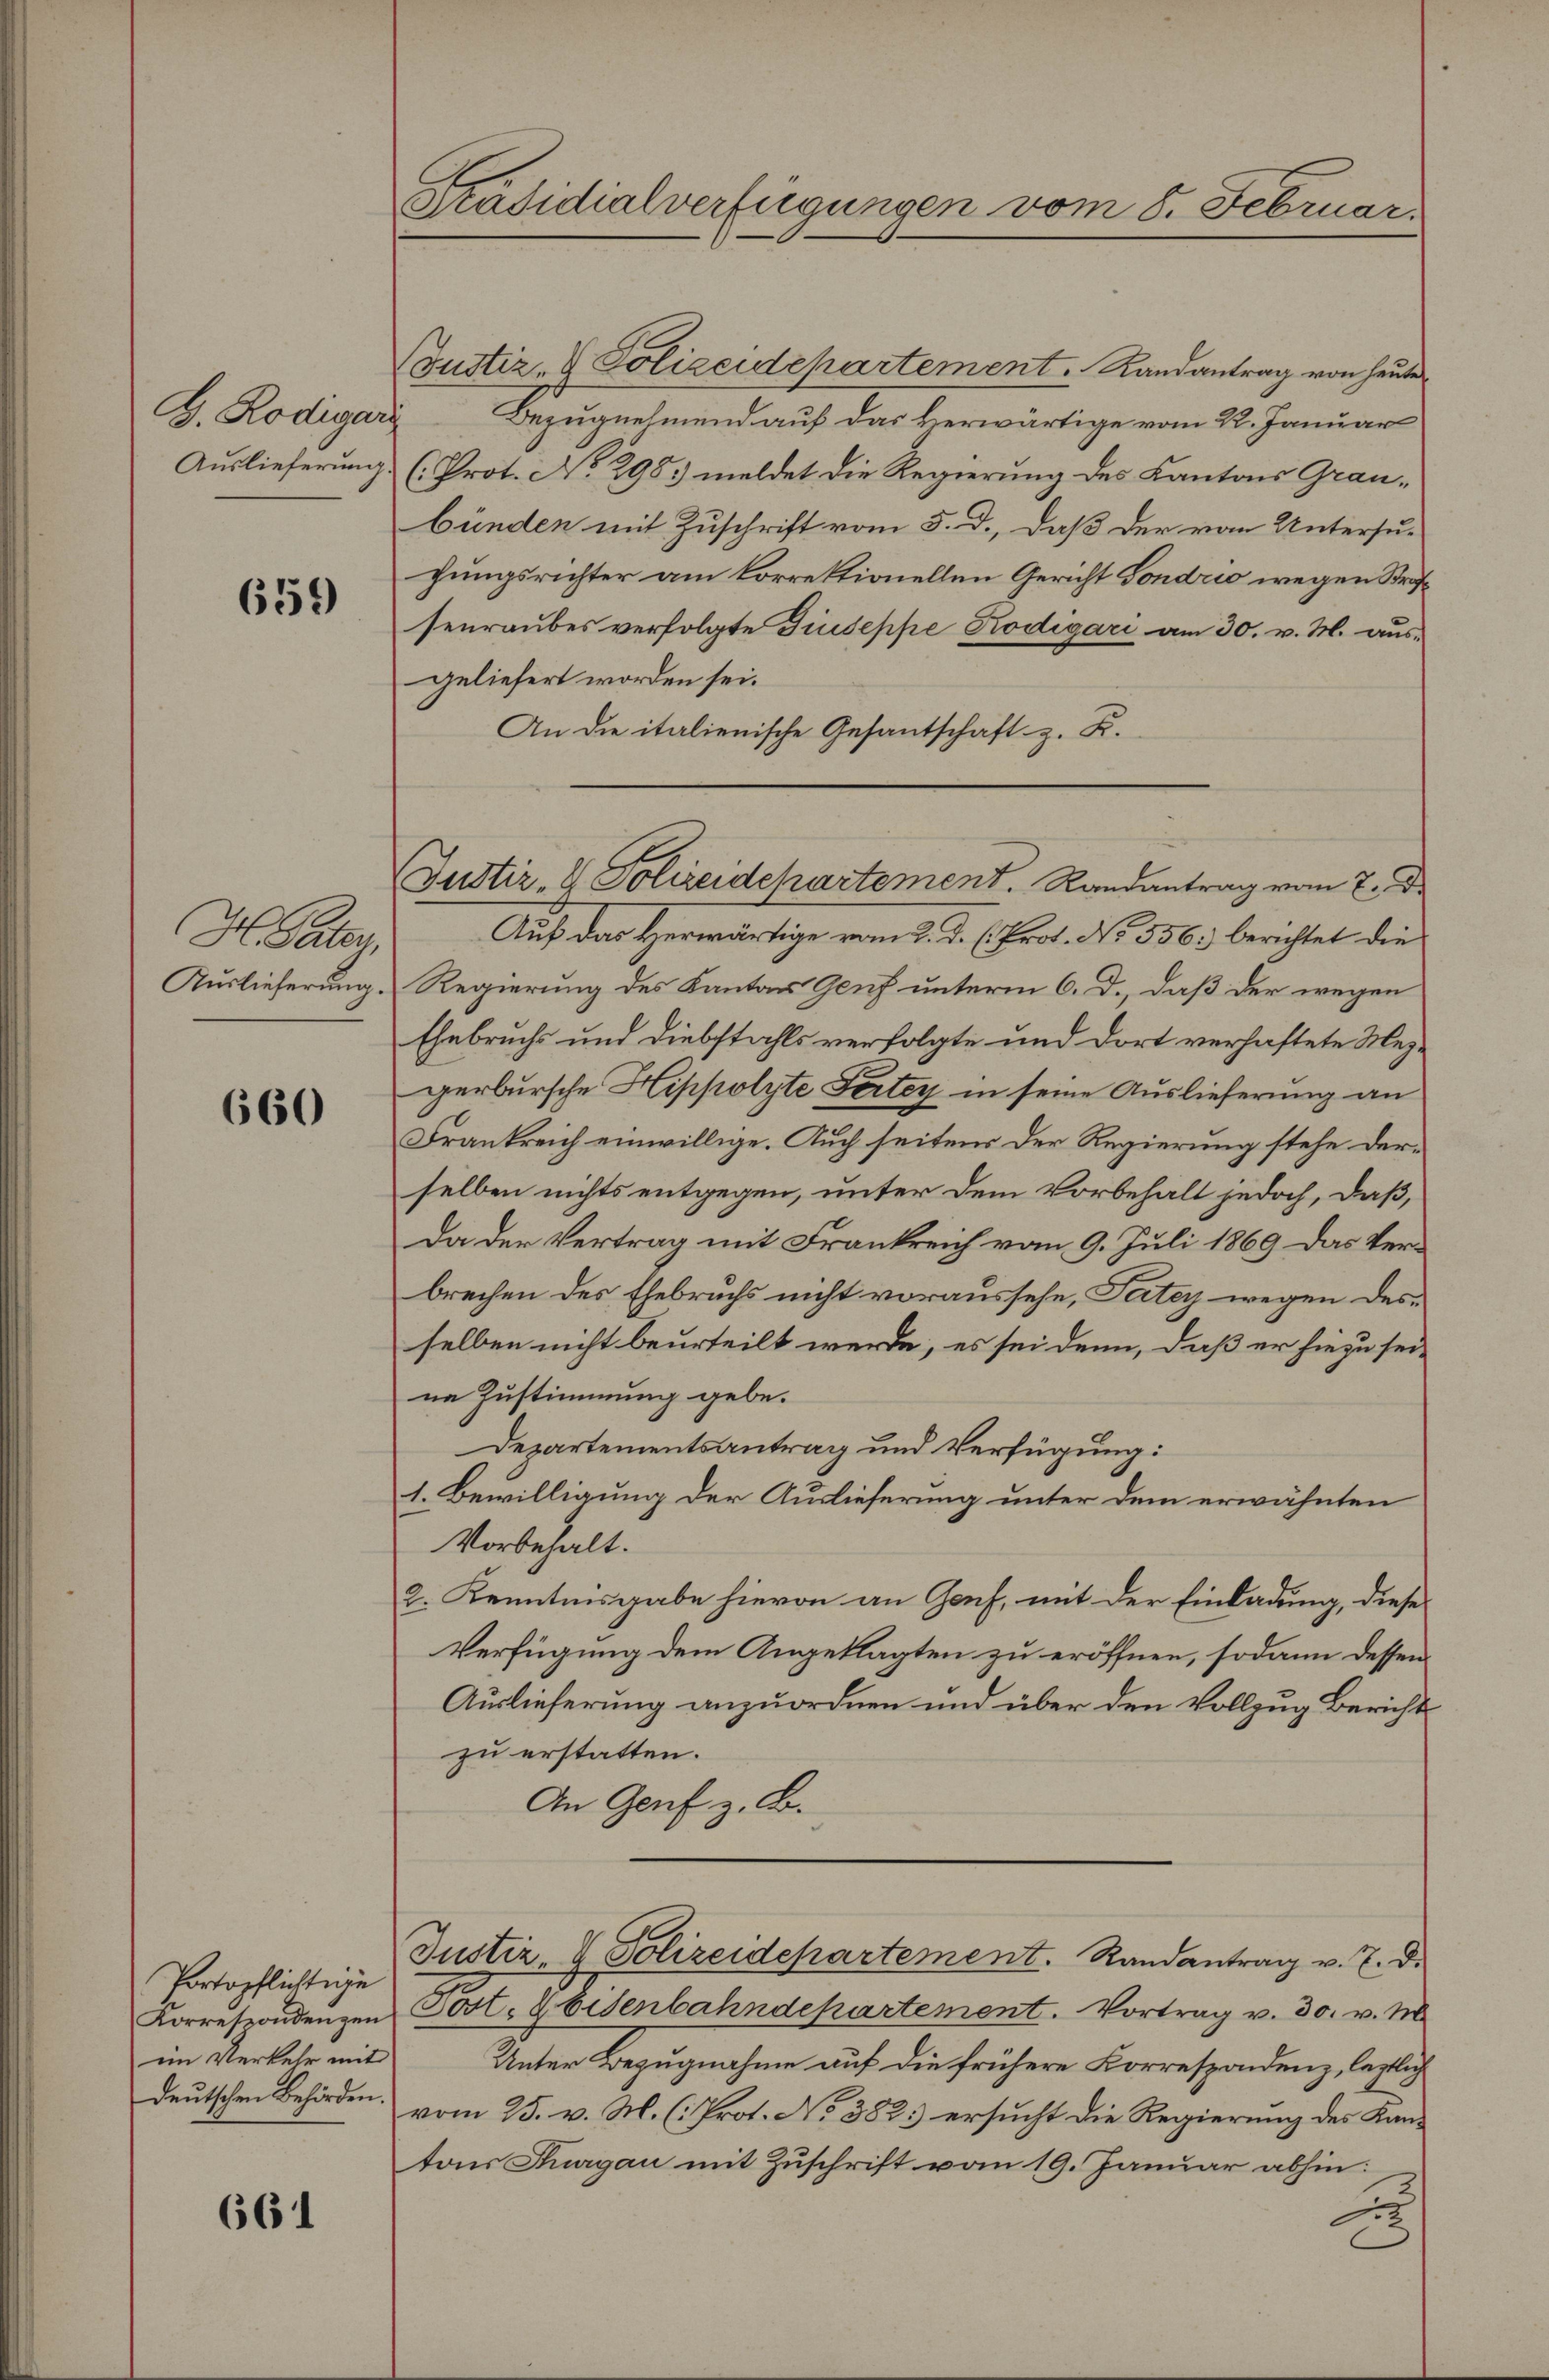
G. Rodigar
Auslieferung

659

H. Pater
Auslieferung.

660

Portopflichtige
im Verkehr mit
deutschen Behörden.

661

räsidialverfügungen vom 8. Februar.

Justiz- & Polizeidepartement. Landantrag von heute
Bezugnehmend auf das Herwärtige vom 22. Januar
(Prot. No 298. meldet die Regierung des Kantons Grau-
bünden mit Zuschrift vom 5. d., daß der von Untersu-
hungsrichter am korrektionellen Gericht Gondrio wegen Strafsenraubes verfolgte Giuseppe Kodigari am 30. v. M. ausgeliefert worden sei.
An die italienische Gesantschaft z. B.
Auf das Herwärtige vom 2. d. h. Prot. No 556. berichtet die
Regierung des Kanton Genf unterm 6. d., daß der wegen
Ehebruchs und Diebstahls verfolgte und dort verhaftete Mezgerbursche Hippolyte Partey in seine Auslieferung an
Frankreich einwillige. Auch seitens der Regierung stehe derselben nichts entgegen, unter dem Vorbehalt jedoch, daß,
Da der Vertrag mit Frankreich vom 9. Juli 1869 das Verbrechen des Ehebruchs nicht voraussehe, Tatey wegen desselben nicht beurteilt werde, es sei denn, daß er hiezu seine Zustimmung gebe.
Departementsantrag und Verfügung:
1. Bewilligung der Auslieferung unter dem erwähnten
Vorbehalt.
2. Kenntnisgabe hievon an Genf, mit der Einladung, diese
Verfügung dem Angeklagten zu eröffnen, sodann dessen
Auslieferung anzuordnen und über den Vollzug Berichts
zu erstatten.
An Genf z. B.
Justiz & Polizeidepartement. Randantrag v. 7. d.
Korrespondenzen Post- & Eisenbahndepartement. Vortrag v. 30. v. M.
Unter Bezugnahme auf die frühere Korrespondenz, legtlich
vom 25. v. M. (: Prot. No 382 ersucht die Regierung des Kantons Thurgau mit Zuschrift vom 19. Januar abhin:
A

Justiz- & Polizeidchartement. Randantrag vom 7. d.